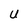
Character: U